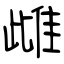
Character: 雌